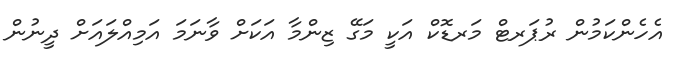
އެހެންކަމުން ރުޕަރޓް މަރޑޮކް އަކީ މަގޭ ޒިންމާ އަކަށް ވާނަމަ އަމިއްލައަށް ދީނުން